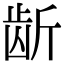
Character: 龂